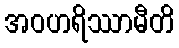
အဝဟရိဿာမီတိ